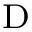
^ \mathrm { D }